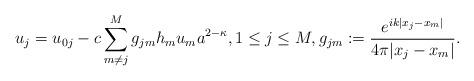
LaTeX: \begin{align*} u_j=u_{0j} -c\sum_{m\neq j}^M g_{jm} h_m u_m a^{2-\kappa}, 1 \leq j \leq M, g_{jm}:=\frac{e^{ik|x_j-x_m|}}{4\pi|x_j-x_m|}.\end{align*}